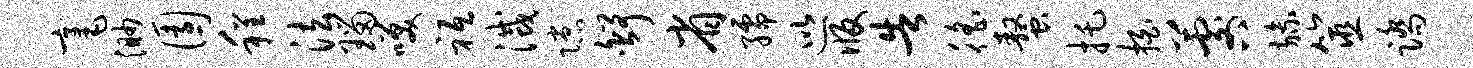
毫渺园程法瑙笑祗灭隙舒省孺巡版告徭螯托拍晷旒筮踏